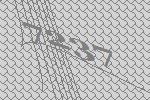
7237